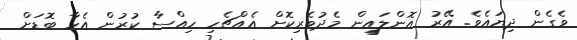
ވެގެން ދިޔައެވެ. އޭރު އޮންލައިން މެދުވެރިކޮށް އެއްޗެހި ހިއްސާ ކުރުން އެހާ ބޮޑަށް